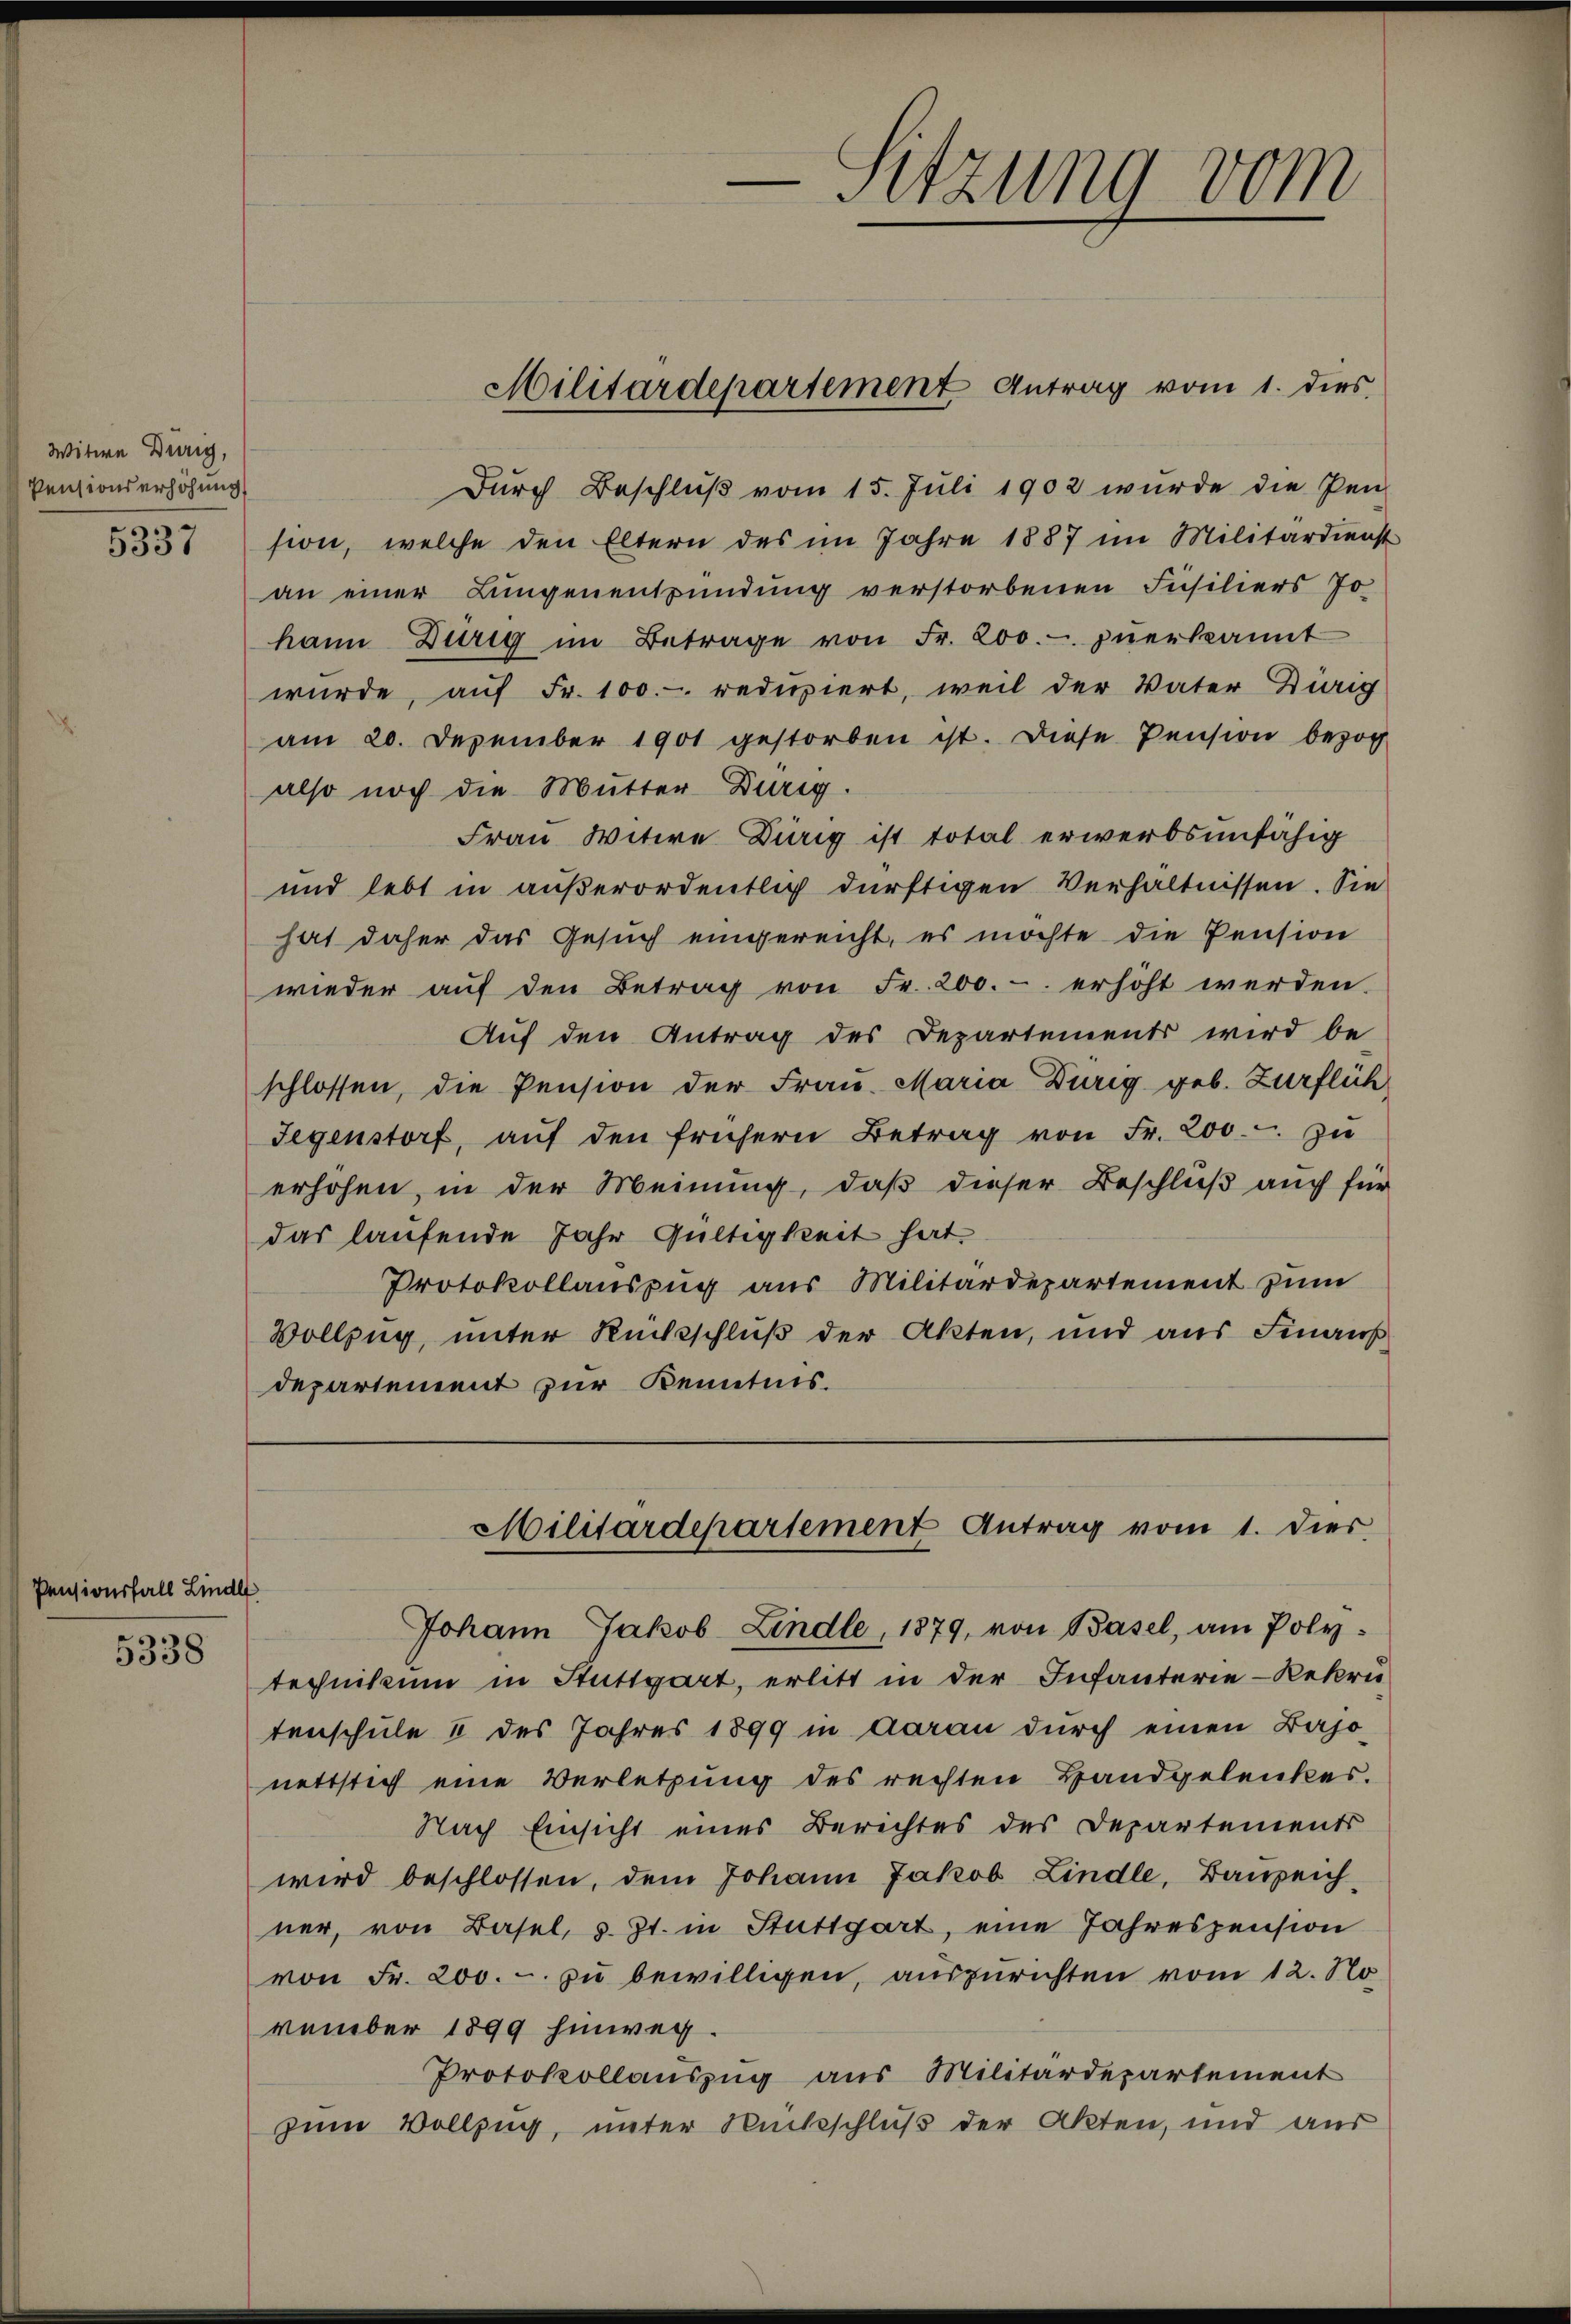
Witwe Dürig,
Pensionserhöhung
5337

Pensionsfall Lindl

5338

Militärdepartement Antrag vom 1. dies

-Sitzung vom

Durch Beschlŭβ vom 15. Juli 1902 wurde die Pen-
sion, welche den Eltern des im Jahre 1887 im Militärdienst
an einer Lungenentzündung verstorbenen Füsiliers Jo
kann Dürig im Betrage von Fr. 200.- zŭerkannt
würde, auf Fr. 100. reduziert, weil der Vater Dirig
am 20. Dezember 1901 gestorben ist. Diese Pension bezog
also noch die Mutter Durig.
Frau Witwe Dürig ist total erwerbsunfähig
und lebt in außerordentlich dürftigen Verhältnissen. Sie
hat daher das Gesŭch eingereicht, es möchte die Pension
wieder auf den Betrag von Fr. 200.- erhöht werden.
Auf den Antrag des Departements wird be-
schlossen, die Pension der Frau Maria Dirig geb. Zurflich
Gegenstorf, aŭf den frühern Betrag von Fr. 200.- zŭ
erhöhen, in der Meinung, daß dieser Beschluß auch für
das laufende Jahr Gültigkeit hat.
Protokollauszug aus Militärdepartement zum
Vollzug, unter Rückschluß der Akten, und aus Finaus
departement zur Kenntnis.

Militärdepartement Antrag vom 1. dies

Johann Jakob Lindle, 1879, von Basel, am Poly-
technikum in Stuttgart, erlitt in der Infanterie-Rekru
tenschule & des Jahres 1899 in Aarau durch einen Bajonettstich eine Verletzung des rechten Handgelenkes.
Nach Einsicht eines Berichtes des Departements
wird beschlossen, dem Johann Jakob Lindle, Bauzeich
ner, von Basel, s. Zt. in Stuttgart, eine Jahrespension
von Fr. 200. - zu bewilligen, auszurichten vom 12. No
vember 1899 hinweg.
Protokollauszug aus Militärdepartement
zum Vollzug, unter Rückschluß der Akten, und aus